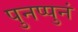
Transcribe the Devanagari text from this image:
पुनप्पुनं